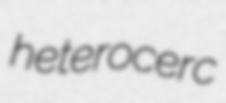
heterocerc